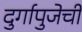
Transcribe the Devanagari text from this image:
दुर्गापुजेची